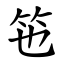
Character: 竾